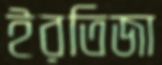
ইরতিজা